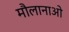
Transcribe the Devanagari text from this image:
मौलानाओ